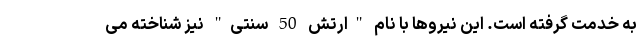
به خدمت گرفته است. این نیروها با نام "ارتش 50 سنتی" نیز شناخته می